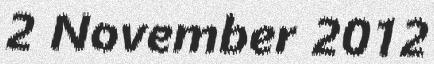
2 November 2012